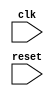
module pci_express_bus_controller (
    // List of inputs and outputs for the module
    input wire clk,               // System clock
    input wire reset,             // Reset signal
    // Add any other input/output signals here as necessary
);

// Add your Verilog code here to implement the Timing Control and Synchronization blocks

endmodule